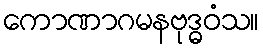
ကောဏာဂမနဗုဒ္ဓဝံသ။